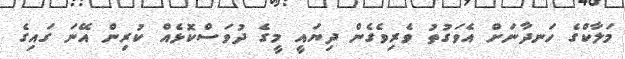
މަލާކްގެ ހަނދާނަށް އެވަގުތު ވެރިވެގެން ދިޔައީ މީގެ ދުވަސްކޮޅެއް ކުރިން އޭނަ ގައިގެ